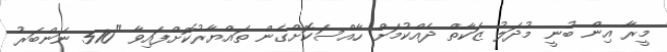
މީރާ އިން ބުނީ މުދަލު ޒަކާތް ދެއްކުމަށް ހާއްސަކޮށްގެން ތައްޔާރުކޮށްފައިވާ "510 ނަންބަރު